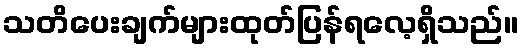
သတိပေးချက်များထုတ်ပြန်ရလေ့ရှိသည်။